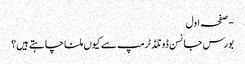
- صفحہ اول
بورس جانسن ڈونلڈ ٹرمپ سے کیوں ملنا چاہتے ہیں؟